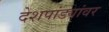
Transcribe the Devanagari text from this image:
देशपांड्यांवर